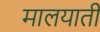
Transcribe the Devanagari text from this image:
मालयाती